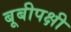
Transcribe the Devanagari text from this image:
बूबीपक्षी